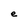
Character: e